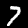
Digit: 7